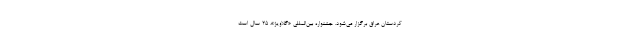
کردستان عراق برگزار می‌شود. جشنواره بین‌المللی «گلاویژ»، 25 سال است